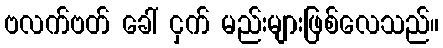
ဗလက်ဗတ် ခေါ် ငှက် မည်းများဖြစ်လေသည်။